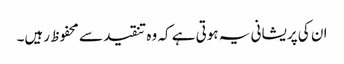
ان کی پریشانی یہ ہوتی ہے کہ وہ تنقید سے محفوظ رہیں۔